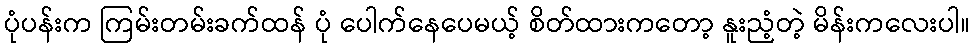
ပုံပန်းက ကြမ်းတမ်းခက်ထန် ပုံ ပေါက်နေပေမယ့် စိတ်ထားကတော့ နူးညံ့တဲ့ မိန်းကလေးပါ။